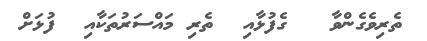
ތެރިވެގެންވާ   ގެފުޅާއި  ތެރި މައްސަރުތަކާއި  ފުޅަށް